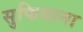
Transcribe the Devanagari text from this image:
सुफियाना